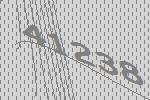
41238